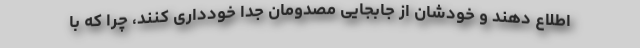
اطلاع دهند و خودشان از جابجایی مصدومان جدا خودداری کنند، چرا که با